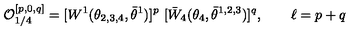
{ \cal O } _ { 1 / 4 } ^ { [ p , 0 , q ] } = [ W ^ { 1 } ( \theta _ { 2 , 3 , 4 } , \bar { \theta } ^ { 1 } ) ] ^ { p } \ [ \bar { W } _ { 4 } ( \theta _ { 4 } , \bar { \theta } ^ { 1 , 2 , 3 } ) ] ^ { q } , \qquad \ell = p + q